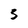
Character: 3